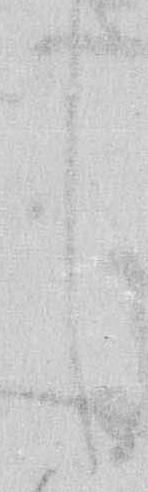
し